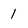
Character: 1